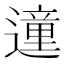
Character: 𲅿